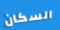
السكان